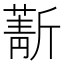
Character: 𣃄